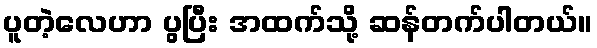
ပူတဲ့လေဟာ ပွပြီး အထက်သို့ ဆန်တက်ပါတယ်။